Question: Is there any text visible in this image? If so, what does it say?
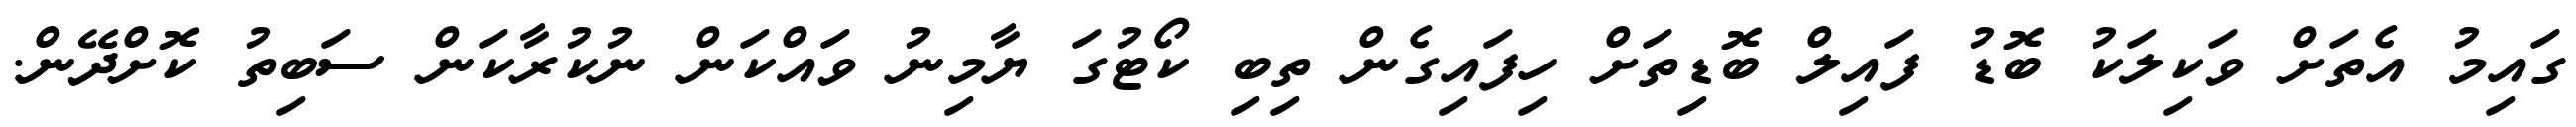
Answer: ގައިމު އެތަށް ވަކިލަކު ބޮޑު ފައިލް ބޮޑިތަށް ހިފައިގެން ތިބި ކޯޓުގަ ޔާމިނު ވައްކަން ނުކުރާކަން ސަބިތު ކޮށްދޭން.